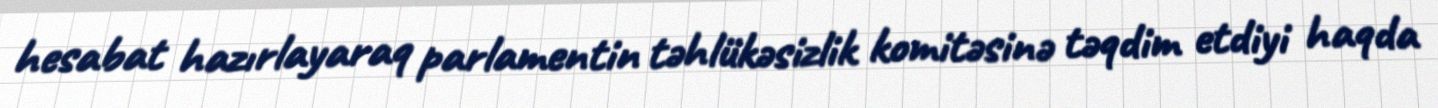
hesabat hazırlayaraq parlamentin təhlükəsizlik komitəsinə təqdim etdiyi haqda